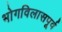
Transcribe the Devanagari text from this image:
भोगविलासपूर्व